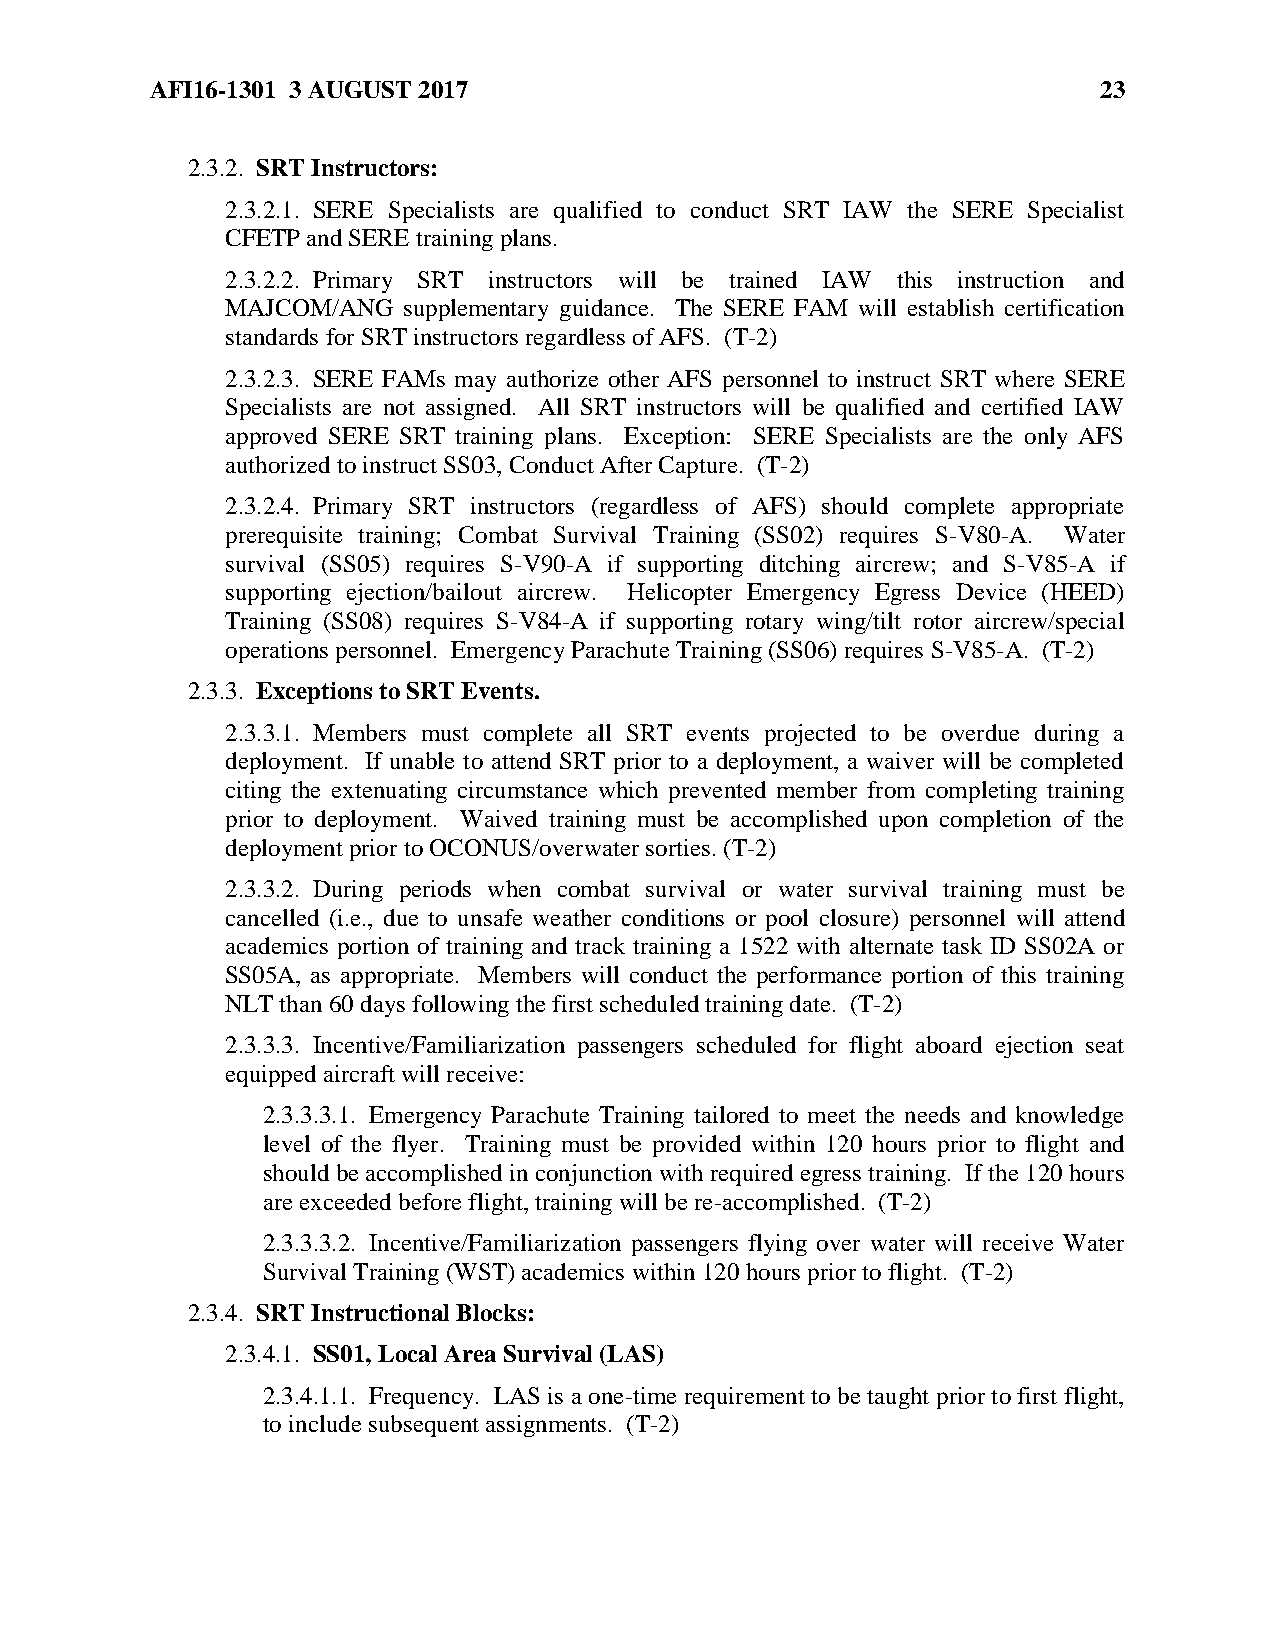
AFI16-1301 3 AUGUST 2017                                       23
 2.3.2. SRT Instructors:
 2.3.2.1. SERE Specialists are qualified to conduct SRT IAW the SERE Specialist
 CFETP and SERE training plans.
 2.3.2.2. Primary SRT instructors will be trained IAW this instruction and
 MAJCOM/ANG  supplementary guidance. The SERE FAM will establish certification
 standards for SRT instructors regardless of AFS. (T-2)
 2.3.2.3. SERE FAMs may authorize other AFS personnel to instruct SRT where SERE
 Specialists are not assigned. All SRT instructors will be qualified and certified IAW
 approved SERE SRT training plans. Exception: SERE Specialists are the only AFS
 authorized to instruct SS03, Conduct After Capture. (T-2)
 2.3.2.4. Primary SRT instructors (regardless of AFS) should complete appropriate
 prerequisite training; Combat Survival Training (SS02) requires S-V80-A. Water
 survival (SS05) requires S-V90-A if supporting ditching aircrew; and S-V85-A if
 supporting ejection/bailout aircrew. Helicopter Emergency Egress Device (HEED)
 Training (SS08) requires S-V84-A if supporting rotary wing/tilt rotor aircrew/special
 operations personnel. Emergency Parachute Training (SS06) requires S-V85-A. (T-2)
 2.3.3. Exceptions to SRT Events.
 2.3.3.1. Members must complete all SRT events projected to be overdue during a
 deployment. If unable to attend SRT prior to a deployment, a waiver will be completed
 citing the extenuating circumstance which prevented member from completing training
 prior to deployment. Waived training must be accomplished upon completion of the
 deployment prior to OCONUS/overwater sorties. (T-2)
 2.3.3.2. During periods when combat survival or water survival training must be
 cancelled (i.e., due to unsafe weather conditions or pool closure) personnel will attend
 academics portion of training and track training a 1522 with alternate task ID SS02A or
 SS05A, as appropriate. Members will conduct the performance portion of this training
 NLT than 60 days following the first scheduled training date. (T-2)
 2.3.3.3. Incentive/Familiarization passengers scheduled for flight aboard ejection seat
 equipped aircraft will receive:
 2.3.3.3.1. Emergency Parachute Training tailored to meet the needs and knowledge
 level of the flyer. Training must be provided within 120 hours prior to flight and
 should be accomplished in conjunction with required egress training. If the 120 hours
 are exceeded before flight, training will be re-accomplished. (T-2)
 2.3.3.3.2. Incentive/Familiarization passengers flying over water will receive Water
 Survival Training (WST) academics within 120 hours prior to flight. (T-2)
 2.3.4. SRT Instructional Blocks:
 2.3.4.1. SS01, Local Area Survival (LAS)
 2.3.4.1.1. Frequency. LAS is a one-time requirement to be taught prior to first flight,
 to include subsequent assignments. (T-2)